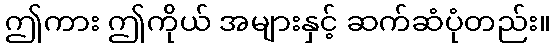
ဤကား ဤကိုယ် အများနှင့် ဆက်ဆံပုံတည်း။